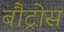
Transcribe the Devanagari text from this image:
बौट्रोस